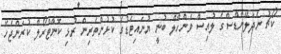
ކޯޗު ނެދަލޭންޑްސްގެ ލުއިސް ވެންހާލް ބުނީ ޔުނައިޓެޑުގެ ކުޅުންތެރިން ރުޅި ކޮންޓްރޯލް ކުރަންޖެހޭ